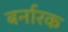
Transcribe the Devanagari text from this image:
बर्नारक